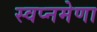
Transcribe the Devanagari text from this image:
स्वप्नमेणा